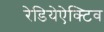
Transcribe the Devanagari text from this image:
रेडियेऐक्टिव